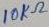
Text: 10KΩ